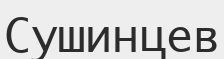
Сушинцев